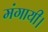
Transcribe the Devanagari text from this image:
मंगायी।